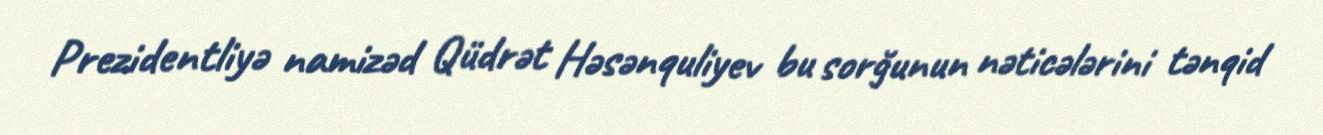
Prezidentliyə namizəd Qüdrət Həsənquliyev bu sorğunun nəticələrini tənqid